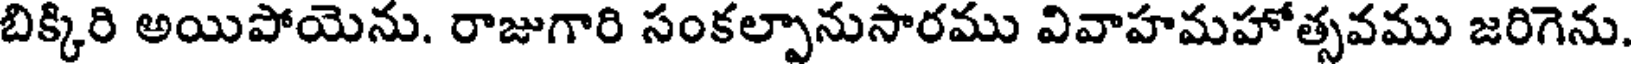
బిక్కిరి అయిపోయెను. రాజుగారి సంకల్పానుసారము వివాహమహోత్సవము జరిగెను.